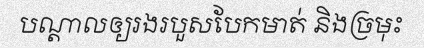
បណ្តាលឲ្យរងរបួសបែកមាត់ និងច្រមុះ